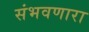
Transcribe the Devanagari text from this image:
संभवणारा